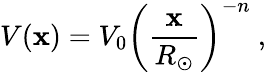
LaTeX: V(\mathbf{x})=V_{0}\left(\frac{{\mathbf{x}}}{{R_{\odot}}}\right)^{-n}\ ,